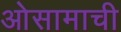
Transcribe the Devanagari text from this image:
ओसामाची